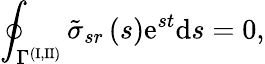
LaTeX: \oint_{\Gamma^{(\mathrm{I,II})}}\tilde{\sigma}_{sr}\left(s\right)\mathrm{e}^{st}\mathrm{d}s=0,